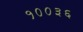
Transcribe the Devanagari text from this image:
१००३६